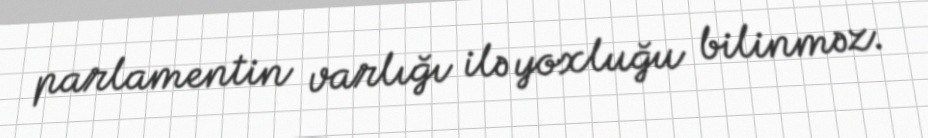
parlamentin varlığı ilə yoxluğu bilinməz.